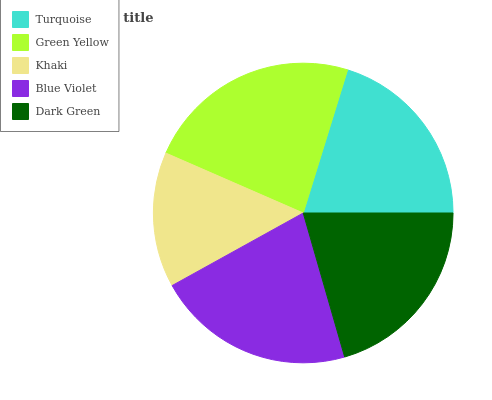
| Turquoise | Green Yellow | Khaki | Blue Violet | Dark Green |
 | --- | --- | --- | --- | --- |
 | 20.2% | 23.2% | 14.6% | 21.5% | 20.5% |